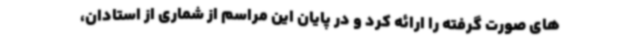
های صورت گرفته را ارائه کرد و در پایان این مراسم از شماری از استادان،